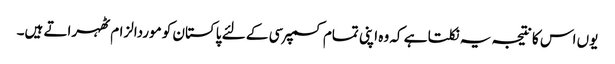
یوں اس کا نتیجہ یہ نکلتا ہے کہ وہ اپنی تمام کسمپرسی کے لئے پاکستان کو موردالزام ٹھہراتے ہیں۔